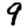
Digit: 9